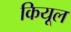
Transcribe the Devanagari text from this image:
कियूल